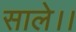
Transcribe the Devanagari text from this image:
साले।।